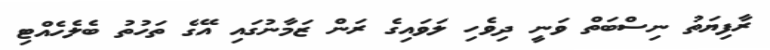
ރާފިޔަތު ނިސްބަތް ވަނީ ދިވެހި ލަވައިގެ ރަން ޒަމާނުގައި އޭގެ ތަހުތު ބެލެހެއްޓި